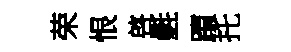
荣恨啓氎躓托